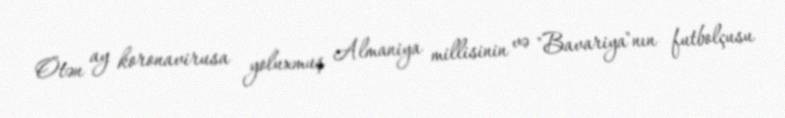
Ötən ay koronavirusa yoluxmuş Almaniya millisinin və "Bavariya"nın futbolçusu